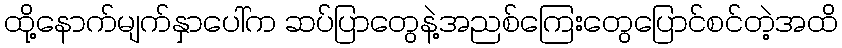
ထို့နောက်မျက်နှာပေါ်က ဆပ်ပြာတွေနဲ့အညစ်ကြေးတွေပြောင်စင်တဲ့အထိ